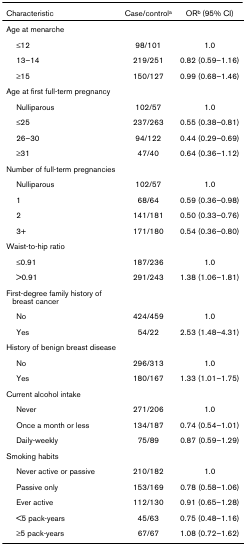
<table><thead><tr><td><b>Characteristic</b></td><td><b>Case/control<sup>a</sup></b></td><td><b>OR<sup>b </sup>(95% CI)</b></td></tr></thead><tbody><tr><td>Age at menarche</td><td></td><td></td></tr><tr><td> ≤12</td><td>98/101</td><td>1.0</td></tr><tr><td> 13–14</td><td>219/251</td><td>0.82 (0.59–1.16)</td></tr><tr><td> ≥15</td><td>150/127</td><td>0.99 (0.68–1.46)</td></tr><tr><td>Age at first full-term pregnancy</td><td></td><td></td></tr><tr><td> Nulliparous</td><td>102/57</td><td>1.0</td></tr><tr><td> ≤25</td><td>237/263</td><td>0.55 (0.38–0.81)</td></tr><tr><td> 26–30</td><td>94/122</td><td>0.44 (0.29–0.69)</td></tr><tr><td> ≥31</td><td>47/40</td><td>0.64 (0.36–1.12)</td></tr><tr><td>Number of full-term pregnancies</td><td></td><td></td></tr><tr><td> Nulliparous</td><td>102/57</td><td>1.0</td></tr><tr><td> 1</td><td>68/64</td><td>0.59 (0.36–0.98)</td></tr><tr><td> 2</td><td>141/181</td><td>0.50 (0.33–0.76)</td></tr><tr><td> 3+</td><td>171/180</td><td>0.54 (0.36–0.80)</td></tr><tr><td>Waist-to-hip ratio</td><td></td><td></td></tr><tr><td> ≤0.91</td><td>187/236</td><td>1.0</td></tr><tr><td> &gt;0.91</td><td>291/243</td><td>1.38 (1.06–1.81)</td></tr><tr><td>First-degree family history of breast cancer</td><td></td><td></td></tr><tr><td> No</td><td>424/459</td><td>1.0</td></tr><tr><td> Yes</td><td>54/22</td><td>2.53 (1.48–4.31)</td></tr><tr><td>History of benign breast disease</td><td></td><td></td></tr><tr><td> No</td><td>296/313</td><td>1.0</td></tr><tr><td> Yes</td><td>180/167</td><td>1.33 (1.01–1.75)</td></tr><tr><td>Current alcohol intake</td><td></td><td></td></tr><tr><td> Never</td><td>271/206</td><td>1.0</td></tr><tr><td> Once a month or less</td><td>134/187</td><td>0.74 (0.54–1.01)</td></tr><tr><td> Daily-weekly</td><td>75/89</td><td>0.87 (0.59–1.29)</td></tr><tr><td>Smoking habits</td><td></td><td></td></tr><tr><td> Never active or passive</td><td>210/182</td><td>1.0</td></tr><tr><td> Passive only</td><td>153/169</td><td>0.78 (0.58–1.06)</td></tr><tr><td> Ever active</td><td>112/130</td><td>0.91 (0.65–1.28)</td></tr><tr><td> &lt;5 pack-years</td><td>45/63</td><td>0.75 (0.48–1.16)</td></tr><tr><td> ≥5 pack-years</td><td>67/67</td><td>1.08 (0.72–1.62)</td></tr></tbody></table>